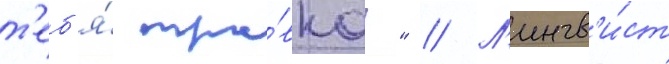
т'еб'я́ тра́вка!" // Л'ингв'и́ст